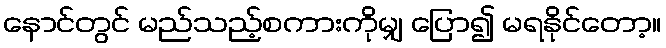
နောင်တွင် မည်သည့်စကားကိုမျှ ပြော၍ မရနိုင်တော့။